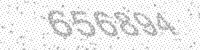
Solution: 656894